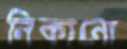
নিকানো